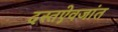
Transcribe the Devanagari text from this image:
दस्तऐवजांत